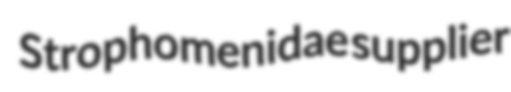
Strophomenidae supplier